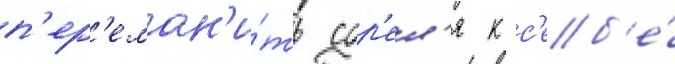
п'ер'еман'и́ть сор'ел'я к с'еб'е́